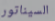
السيناتور